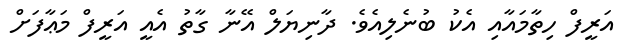
އަރީފް ހިތާމައާއި އެކު ބުނެލިއެވެ. ދާނިޔަލް އޭނާ ގާތު އެއީ އަރީފް މަޢާފަށް